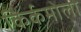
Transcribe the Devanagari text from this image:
किर्कमोला